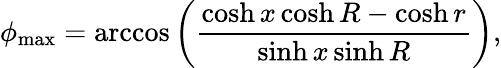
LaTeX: \phi_{\operatorname*{max}}=\operatorname{arccos}\left(\frac{\cosh x\cosh R-\cosh r}{\sinh x\sinh R}\right),